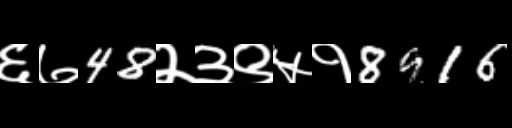
Text: ६७48२३९५१8916